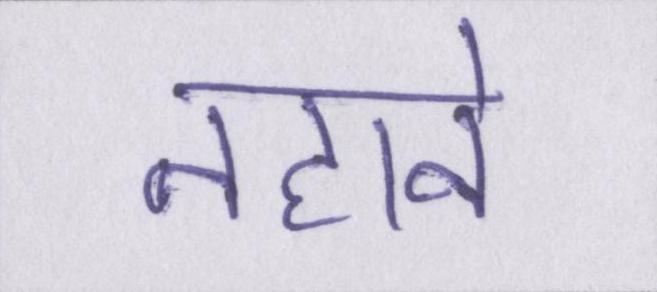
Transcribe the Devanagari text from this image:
नहाने